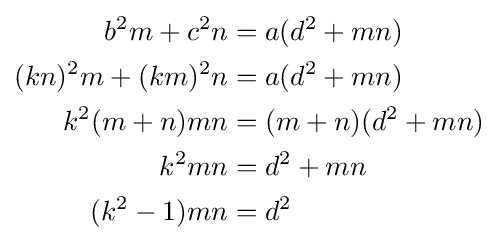
{\begin{aligned}b^{2}m+c^{2}n&=a(d^{2}+mn)\\(kn)^{2}m+(km)^{2}n&=a(d^{2}+mn)\\k^{2}(m+n)mn&=(m+n)(d^{2}+mn)\\k^{2}mn&=d^{2}+mn\\(k^{2}-1)mn&=d^{2}\\\end{aligned}}